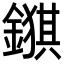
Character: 𮢺